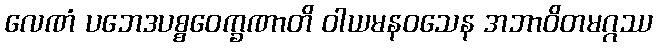
လေဏံ ပဘေဒပစ္စဝေက္ခဏာတိ ဝါယမနဝသေန အဘာဝိတမဂ္ဂဿ